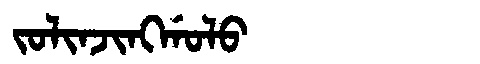
Manchu: ᠵᠣᠯᡳᠨᠵᡳᠩᡤᠣᠯᠣ
Romanization: JOLINJINGGOLO